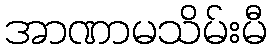
အာဏာမသိမ်းမီ